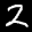
Label: 2